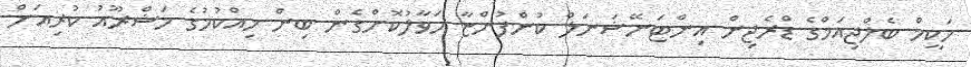
ހަކީމް ބެލްޖިއަމްގެ ޑްރެޖިން އިންޓަނޭޝަނަލް ކުންފުންޏާ ހަވާލުކޮށްގެން ބިން ހިއްކުމުގެ މަޝްރޫއު ކުރިއަށް